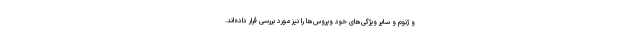
و ژنوم و سایر ویژگی‌های خود ویروس‌ها را نیز مورد بررسی قرار داده‌اند.